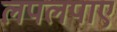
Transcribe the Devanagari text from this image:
लपलपाए